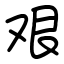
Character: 艰